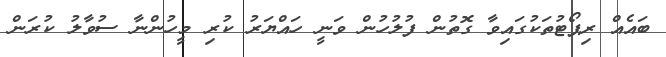
ބައެއް ރިޕޯޓުތަކުގައިވާ ގޮތުން ފުލުހުން ވަނީ ހައްޔަރު ކުރި މީހުންނާ ސުވާލު ކުރަން